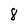
Character: 8